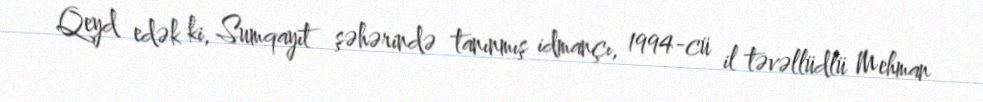
Qeyd edək ki, Sumqayıt şəhərində tanınmış idmançı, 1994-cü il təvəllüdlü Mehman